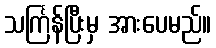
သင်္ကြန်ပြီးမှ အားပေမည်။